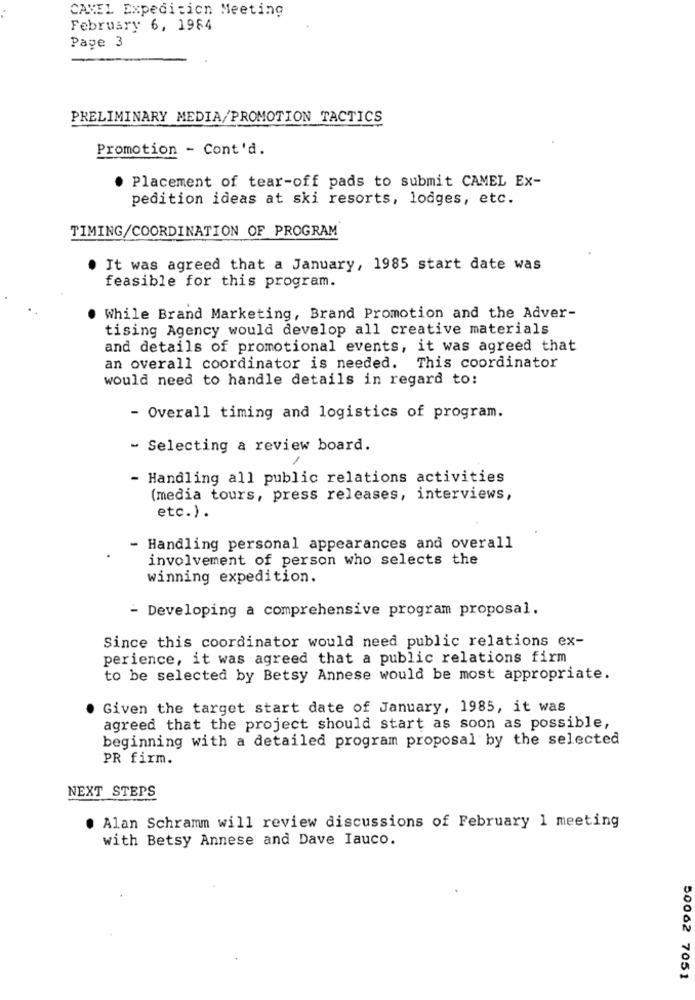
CAMEL Expedition Meeting
February 6, 1984
Page 3
PRELIMINARY MEDIA/PROMOTION TACTICS
Promotion - Cont'd.
Placement of tear-off pads to submit CAMEL Ex-
pedition ideas at ski resorts, lodges, etc.
TIMING/COORDINATION OF PROGRAM
. It was agreed that a January, 1985 start date was
feasible for this program.
While Brand Marketing, Brand Promotion and the Adver-
tising Agency would develop all creative materials
and details of promotional events, it was agreed that
an overall coordinator is needed. This coordinator
would need to handle details in regard to:
- Overall timing and logistics of program.
- Selecting a review board.
- Handling all public relations activities
(media tours, press releases, interviews,
etc.).
- Handling personal appearances and overall
involvement of person who selects the
winning expedition.
- Developing a comprehensive program proposal.
Since this coordinator would need public relations ex-
perience, it was agreed that a public relations firm
to be selected by Betsy Annese would be most appropriate.
Given the target start date of January, 1985, it was
agreed that the project should start as soon as possible,
beginning with a detailed program proposal by the selected
PR firm.
NEXT STEPS
Alan Schramm will review discussions of February 1 meeting
with Betsy Annese and Dave Iauco.
50062 7051